Ridala_vallavalitsus, lk 11
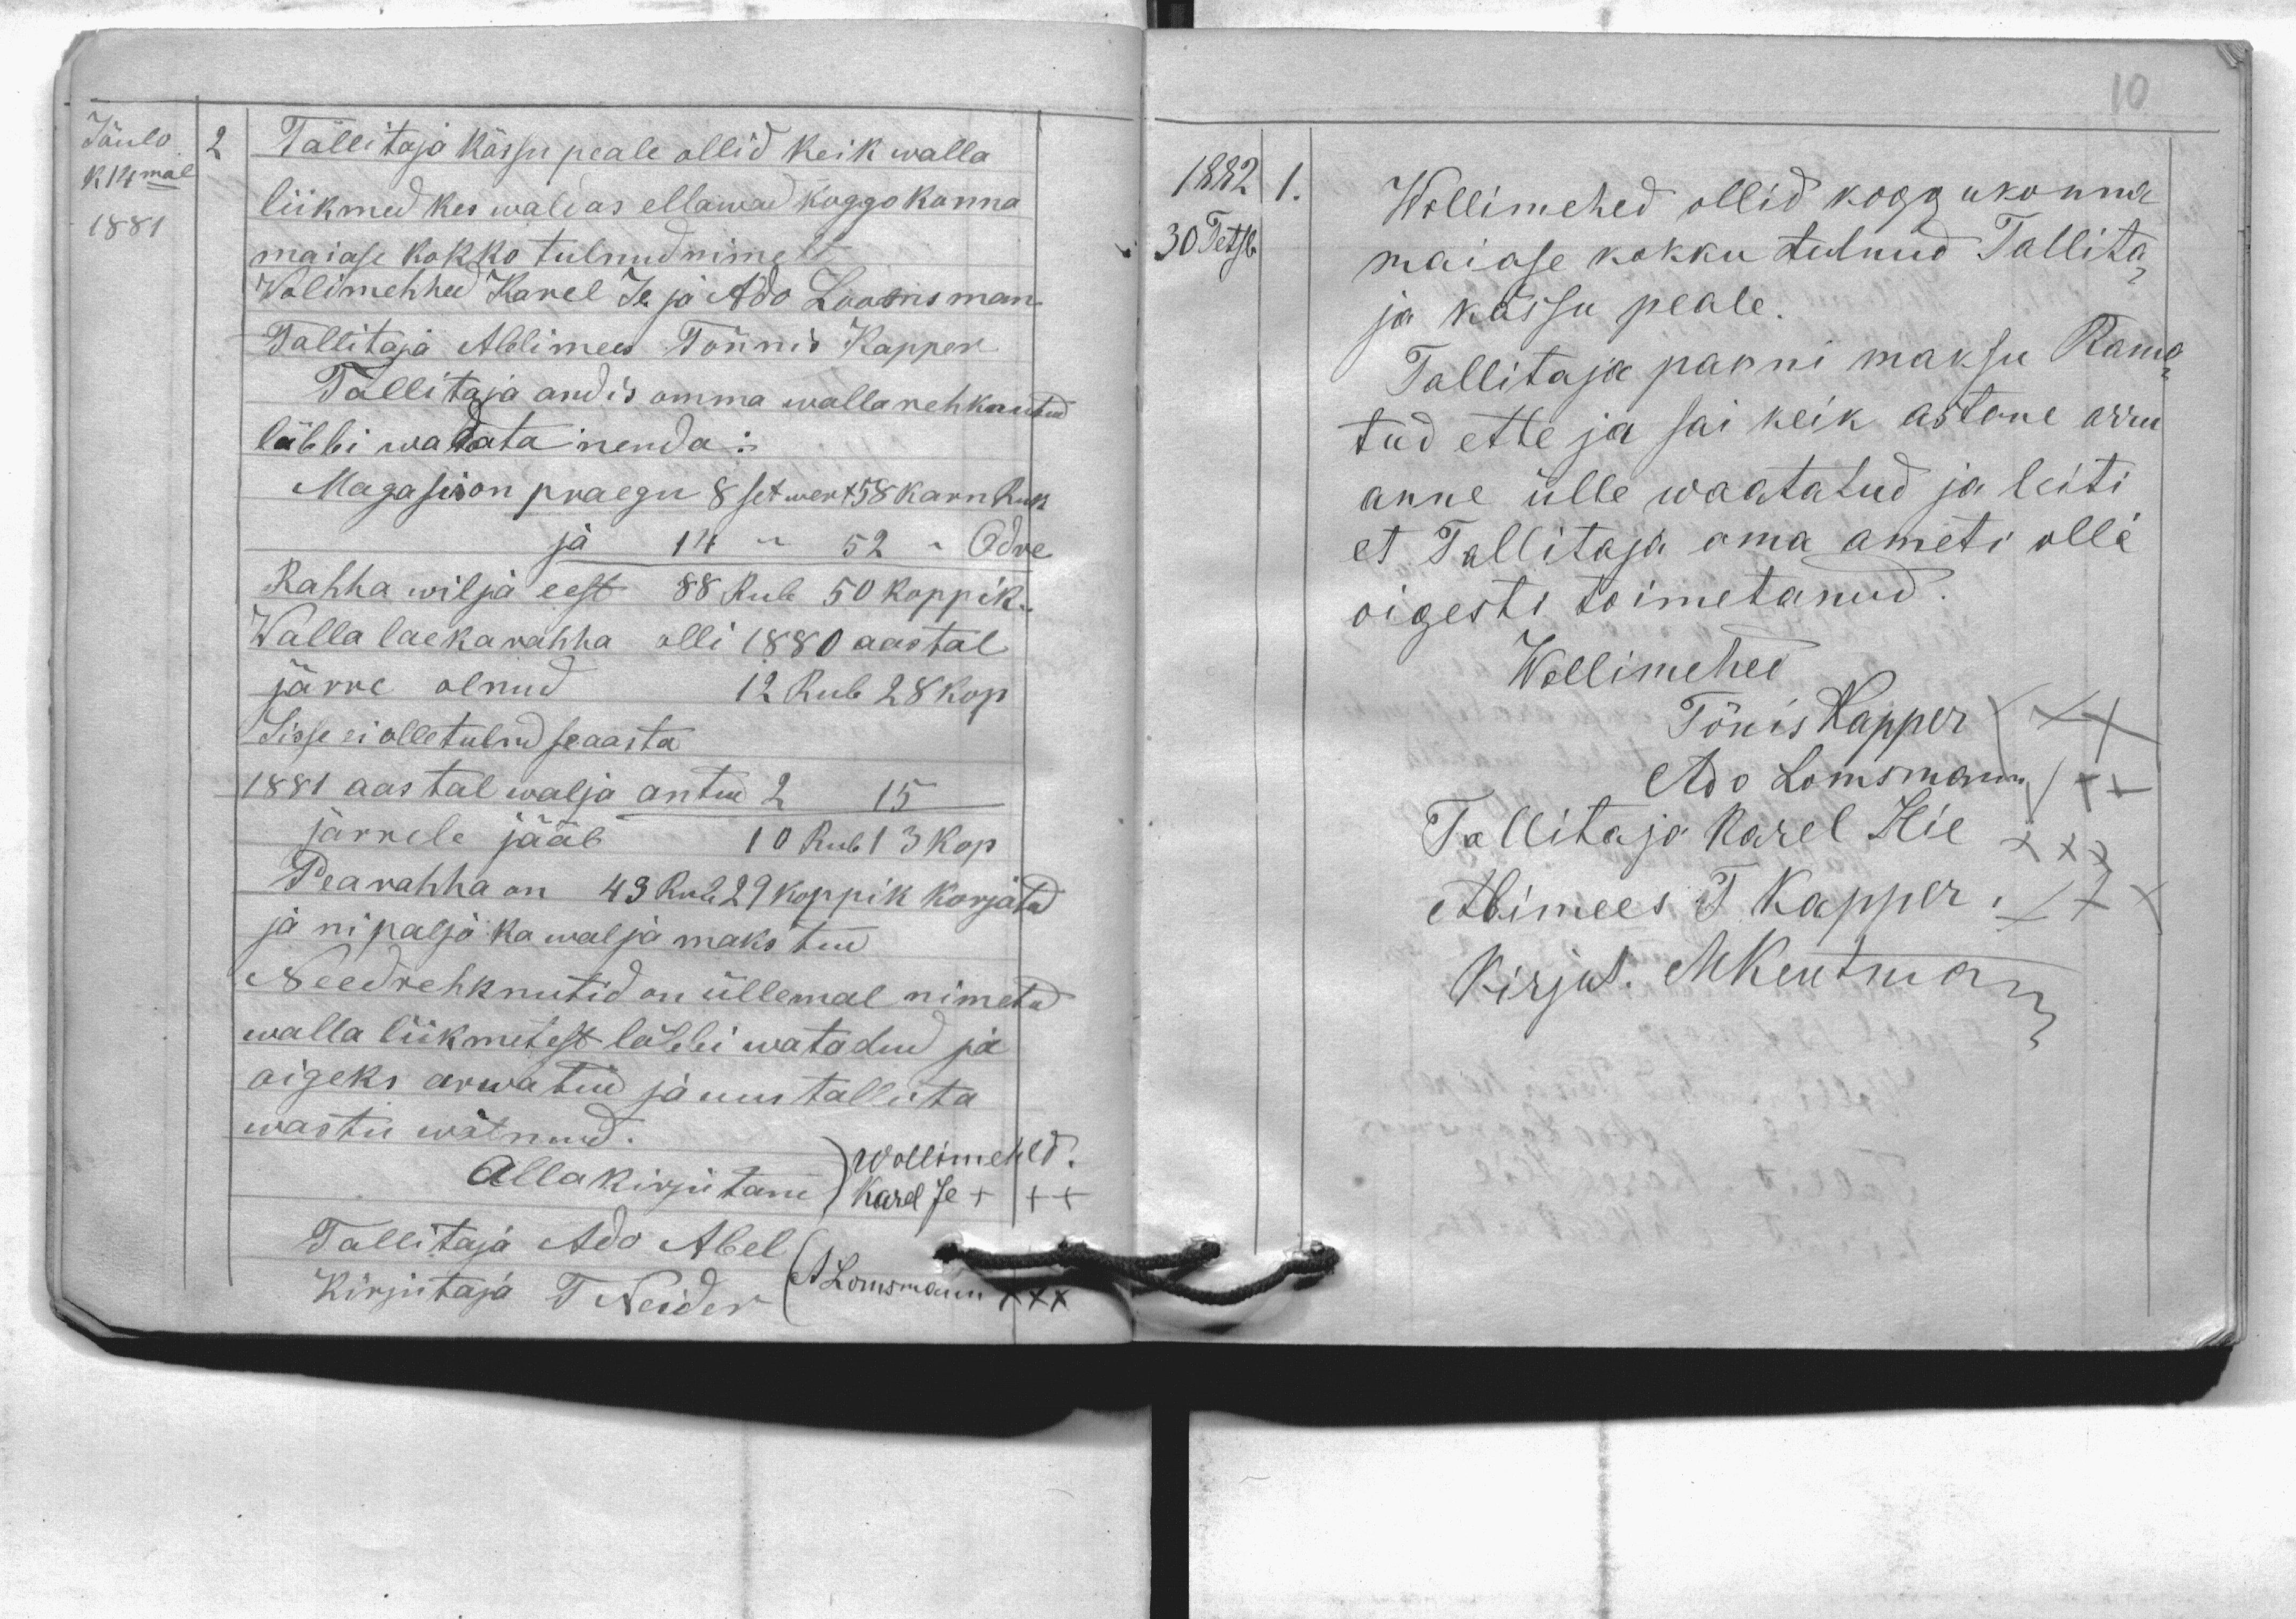
Jõulo
k 14mal
1881
2 Tallitaja kässu peale ollid keik walla
liikmed kes waldas ellawad koggokonna
maiase kokko tulnud nimelt
Wollimehhed Karel Je ja Ado Loomsman
Tallotaja Abbimees Tõnnis Kapper
Tallitaja andis omma walla rehkentud
läbbiwadata nenda:
Magasis on praegu 8 setwert 58 karn Ruk
ja 14 " 52 " Odre
Rahha wilja eest 88 Rub 50 koppik
Walla laeka rahha olli 1880 aastal
järra olnud 12 Rub 28 kop
Sisse ei olle tulnud se aasta
1881 aastal walja antud 2 15
järrele jääb 10 Rub 13 kop
Pearahha on 43 Rub 29 koppik korjatud
ja ni paljo ka walja makstud
Need rehknutid on üllema nimetud
walla liimketest läbbi watadud ja
oigeks arwatud ja uus tallita
wastu wõtnud.
Wollimehed
Allakirjutanud Karel Je +++
Tallitaja Ado Abel
A. Lomsmann XXX
Kirjutaja T. Neider

1882
1
30 Tetsb.
Wollimehed ollid koggukonna
maiase kokku tulnud Tallita-
ja kässu peale.
Tallitaja panni maksu Rama-
tud ette ja sai keikastane arru
anne ülle waatatud ja leiti
et Tallitaja oma ameti olla
oigesti toimetanud.
Wollimehed
Tõnis Kapper XXX
Ado Lomsmann +++
Tallitaja Karel Hie XXX
Abimees T. Kapper XXX
Kirjut. M. Kentman